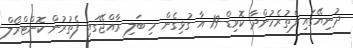
ދުނިޔޭގައި ފެތުރެމުންދާ ކޮވިޑް-19 އާ ގުޅިގެން މި ބަލި ރާއްޖޭގައި ފެތުރުން ކޮންޓްރޯލް